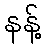
နန့်